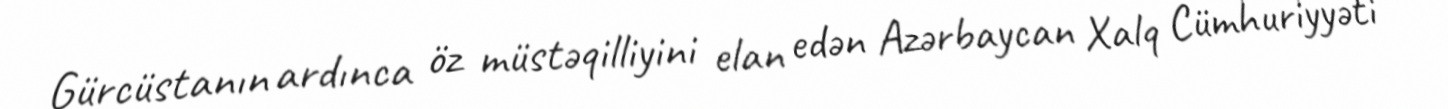
Gürcüstanın ardınca öz müstəqilliyini elan edən Azərbaycan Xalq Cümhuriyyəti